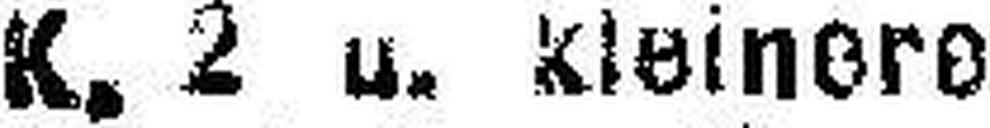
K. 2 u. kleinere